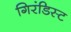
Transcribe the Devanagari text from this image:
गिरंडिस्ट